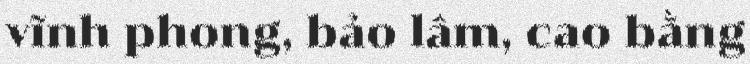
vĩnh phong, bảo lâm, cao bằng